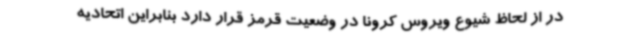
در از لحاظ شیوع ویروس کرونا در وضعیت قرمز قرار دارد بنابراین اتحادیه